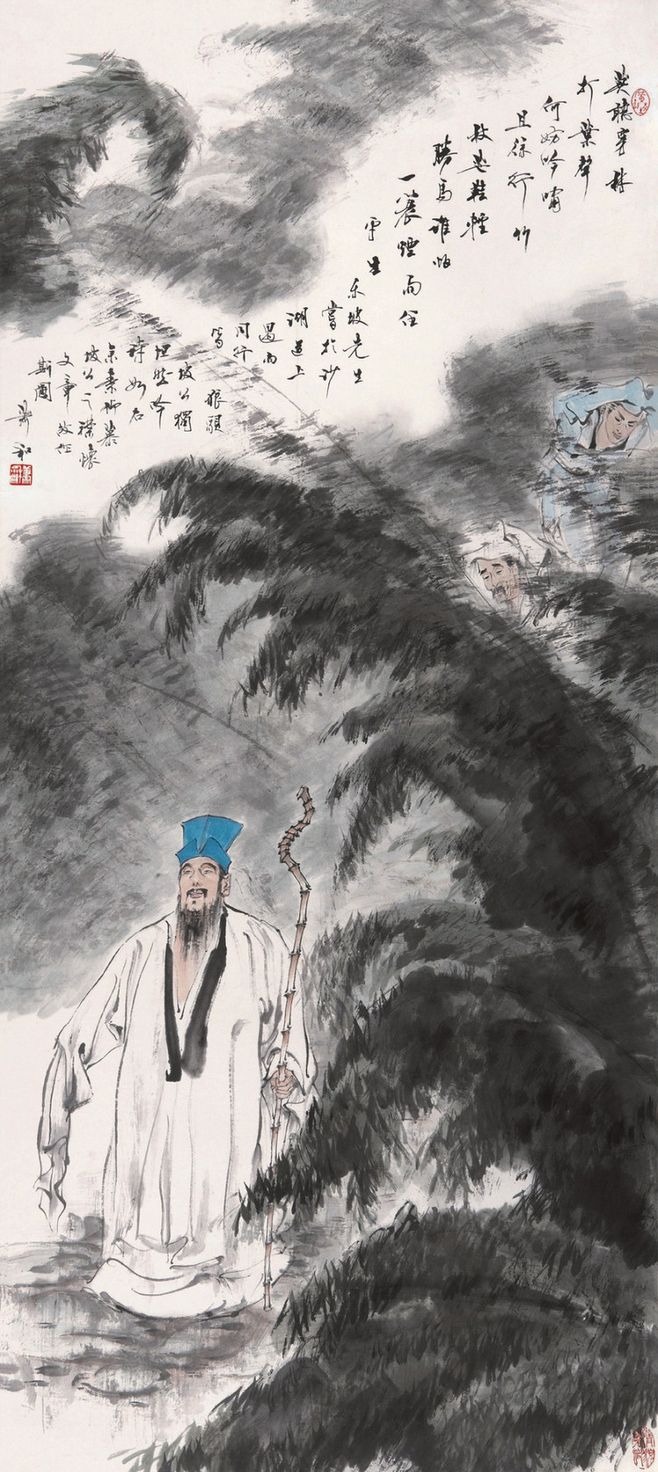
莫听穿林打叶声，何妨吟啸且徐行。